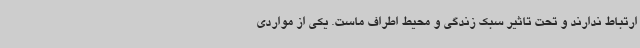
ارتباط ندارند و تحت تاثیر سبک زندگی و محیط اطراف ماست. یکی از مواردی